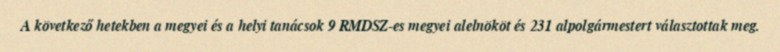
A következő hetekben a megyei és a helyi tanácsok 9 RMDSZ-es megyei alelnököt és 231 alpolgármestert választottak meg.